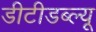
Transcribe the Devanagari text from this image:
डीटीडब्ल्यू